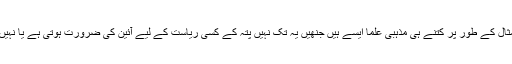
مثال کے طور پر کتنے ہی مذہبی علما ایسے ہیں جنھیں یہ تک نہیں پتہ کے کسی ریاست کے لیے آئین کی ضرورت ہوتی ہے یا نہیں۔